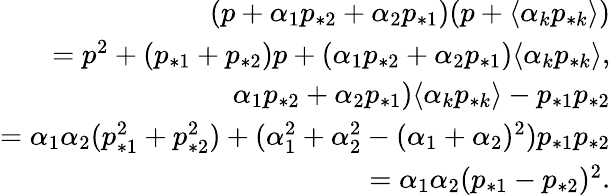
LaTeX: \begin{array}{r}{(p+\alpha_{1}p_{*2}+\alpha_{2}p_{*1})(p+\langle\alpha_{k}p_{*k}\rangle)}\\ {=p^{2}+(p_{*1}+p_{*2})p+(\alpha_{1}p_{*2}+\alpha_{2}p_{*1})\langle\alpha_{k}p_{*k}\rangle,}\\ {\alpha_{1}p_{*2}+\alpha_{2}p_{*1})\langle\alpha_{k}p_{*k}\rangle-p_{*1}p_{*2}}\\ {=\alpha_{1}\alpha_{2}(p_{*1}^{2}+p_{*2}^{2})+(\alpha_{1}^{2}+\alpha_{2}^{2}-(\alpha_{1}+\alpha_{2})^{2})p_{*1}p_{*2}}\\ {=\alpha_{1}\alpha_{2}(p_{*1}-p_{*2})^{2}.}\end{array}